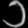
Digit: ၁